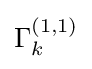
\Gamma _{k}^{(1,1)}